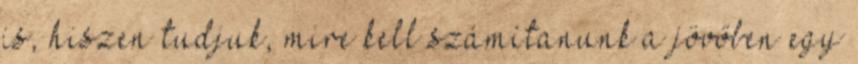
is, hiszen tudjuk, mire kell számítanunk a jövőben egy